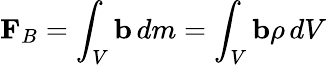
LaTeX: \mathbf{F}_{B}=\int_{V}\mathbf{b}\, dm=\int_{V}\mathbf{b}\rho\, dV